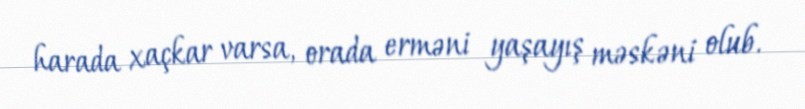
harada xaçkar varsa, orada erməni yaşayış məskəni olub.